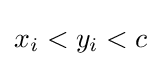
x_{i}<y_{i}<c